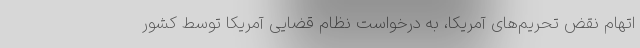
اتهام نقض تحریم‌های آمریکا، به درخواست نظام قضایی آمریکا توسط کشور